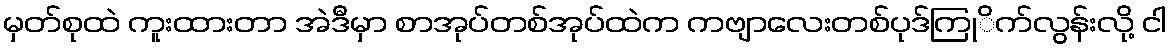
မှတ်စုထဲ ကူးထားတာ အဲဒီမှာ စာအုပ်တစ်အုပ်ထဲက ကဗျာလေးတစ်ပုဒ်ကြုိက်လွန်းလို့ ငါ